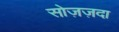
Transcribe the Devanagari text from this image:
सोज़ज़दा